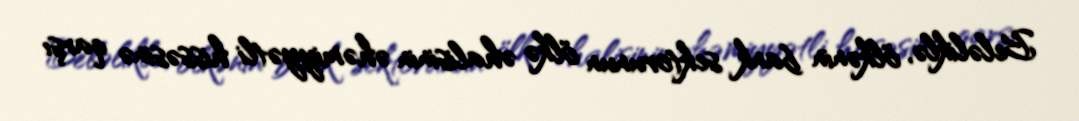
Beləliklə, ölkənin bank sektorunun ölkə əhalisinin əhəmiyyətli hissəsinə qarşı